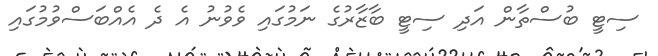
ސިޓީ ބުސްތާން އަދި ސިޓީ ބާޒާރުގެ ނަމުގައި ވެވުނު އެ ދެ އެއްބަސްވުމުގައި